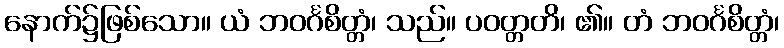
နောက်၌ဖြစ်သော။ ယံ ဘဝင်္ဂစိတ္တံ၊ သည်။ ပဝတ္တတိ၊ ၏။ တံ ဘဝင်္ဂစိတ္တံ၊